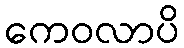
ကေဝလာပိ